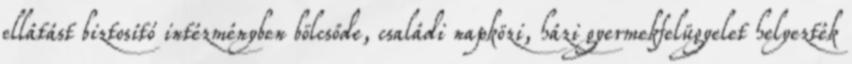
ellátást biztosító intézményben bölcsőde, családi napközi, házi gyermekfelügyelet helyezték